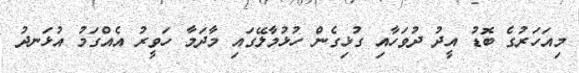
މިއަހަރުގެ ބޮޑު އީދު ދުވަހާއި ގުޅިގެން ހުޅުމާލޭގައި މާދަމާ ހަވީރު އެއްގަމު އުޅަނދު